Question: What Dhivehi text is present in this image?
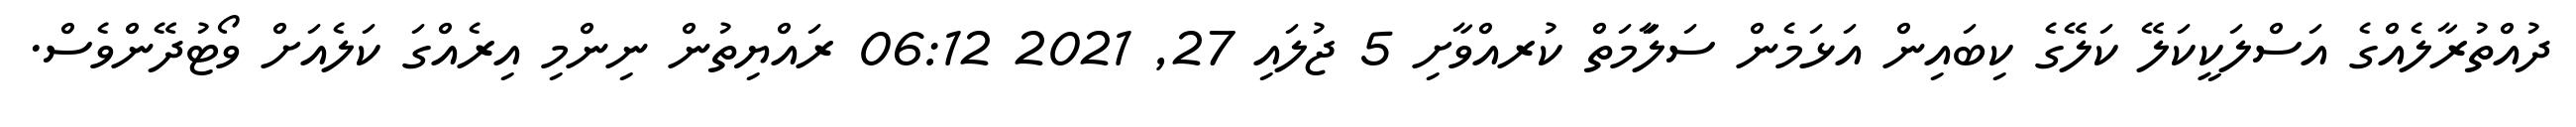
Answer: ދުއްތުރާލެއްގެ އަސްލަކީކަލޭ ކަލޭގެ ކިބައިން އަޅަމެން ސަލަާމަތް ކުރއްވާށި 5 ޖުލައި 27, 2021 06:12 ރައްޔިތުން ނިންމި އިރެއްގަ ކަލެއަށް ވޯޓުދޭންވެސް.